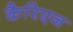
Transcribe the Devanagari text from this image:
कैरिएज